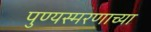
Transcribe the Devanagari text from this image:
पुण्यस्मरणाच्या